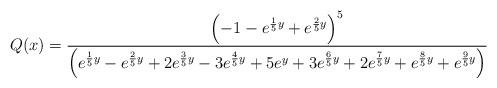
LaTeX: \begin{align*}Q(x)=\frac{\left(-1-e^{\frac{1}{5}y}+e^{\frac{2}{5} y}\right)^5}{\left(e^{\frac{1}{5}y}-e^{\frac{2}{5}y}+2 e^{\frac{3}{5} y}-3 e^{\frac{4}{5}y}+5 e^{y}+3 e^{\frac{6}{5}y}+2 e^{\frac{7}{5}y}+e^{\frac{8}{5} y}+e^{\frac{9}{5}y}\right)}\end{align*}